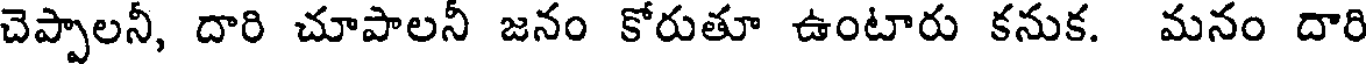
చెప్పాలనీ, దారి చూపాలనీ జనం కోరుతూ ఉంటారు కనుక. మనం దారి